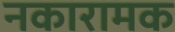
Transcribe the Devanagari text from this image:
नकारामक